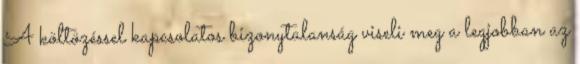
A költözéssel kapcsolatos bizonytalanság viseli meg a legjobban az